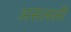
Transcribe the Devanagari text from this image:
असलली